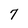
Character: 7